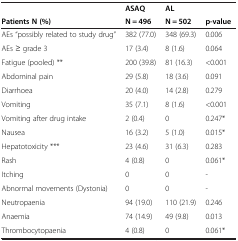
| <ROWSPAN=2> Patients N (%) | ASAQ | AL | <ROWSPAN=2> p-value |
 | N = 496 | N = 502 |
 | --- | --- | --- | --- |
 | AEs “possibly related to study drug” | 382 (77.0) | 348 (69.3) | 0.006 |
 | AEs ≥ grade 3 | 17 (3.4) | 8 (1.6) | 0.064 |
 | Fatigue (pooled) ** | 200 (39.8) | 81 (16.3) | <0.001 |
 | Abdominal pain | 29 (5.8) | 18 (3.6) | 0.091 |
 | Diarrhoea | 20 (4.0) | 14 (2.8) | 0.279 |
 | Vomiting | 35 (7.1) | 8 (1.6) | <0.001 |
 | Vomiting after drug intake | 2 (0.4) | 0 | 0.247* |
 | Nausea | 16 (3.2) | 5 (1.0) | 0.015* |
 | Hepatotoxicity *** | 23 (4.6) | 31 (6.3) | 0.283 |
 | Rash | 4 (0.8) | 0 | 0.061* |
 | Itching | 0 | 0 | - |
 | Abnormal movements (Dystonia) | 0 | 0 | - |
 | Neutropaenia | 94 (19.0) | 110 (21.9) | 0.246 |
 | Anaemia | 74 (14.9) | 49 (9.8) | 0.013 |
 | Thrombocytopaenia | 4 (0.8) | 0 | 0.061* |